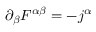
\partial _ { \beta } F ^ { \alpha \beta } = - j ^ { \alpha }